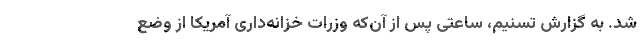
شد. به گزارش تسنیم، ساعتی پس از آن‌که وزرات خزانه‌داری آمریکا از وضع